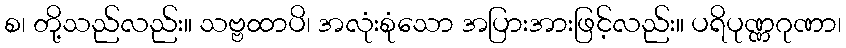
စ၊ တို့သည်လည်း။ သဗ္ဗထာပိ၊ အလုံးစုံသော အပြားအားဖြင့်လည်း။ ပရိပုဏ္ဏဂုဏာ၊